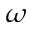
\omega